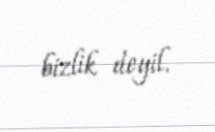
bizlik deyil.